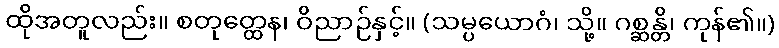
ထိုအတူလည်း။ စတုတ္ထေန၊ ဝိညာဉ်နှင့်။ (သမ္ပယောဂံ၊ သို့။ ဂစ္ဆန္တိ၊ ကုန်၏။)